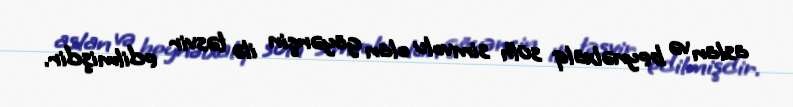
aslan və beynəlxalq sülh simvolu olan göyərçin ilə təsvir edilmişdir.